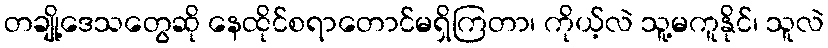
တချို့ဒေသတွေဆို နေထိုင်စရာတောင်မရှိကြတာ၊ ကိုယ့်လဲ သူ့မကူနိုင်၊ သူလဲ